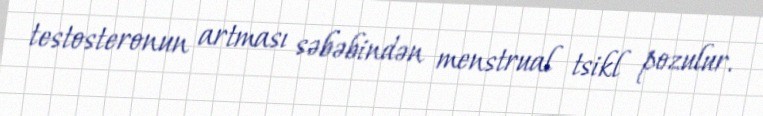
testosteronun artması səbəbindən menstrual tsikl pozulur.